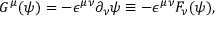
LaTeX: G ^ { \mu } ( \psi ) = - { \epsilon } ^ { { \mu } { \nu } } { \partial } _ { \nu } { \psi } \equiv - { \epsilon } ^ { { \mu } { \nu } } F _ { \nu } ( { \psi } ) ,